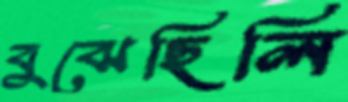
বুঝেছিলি